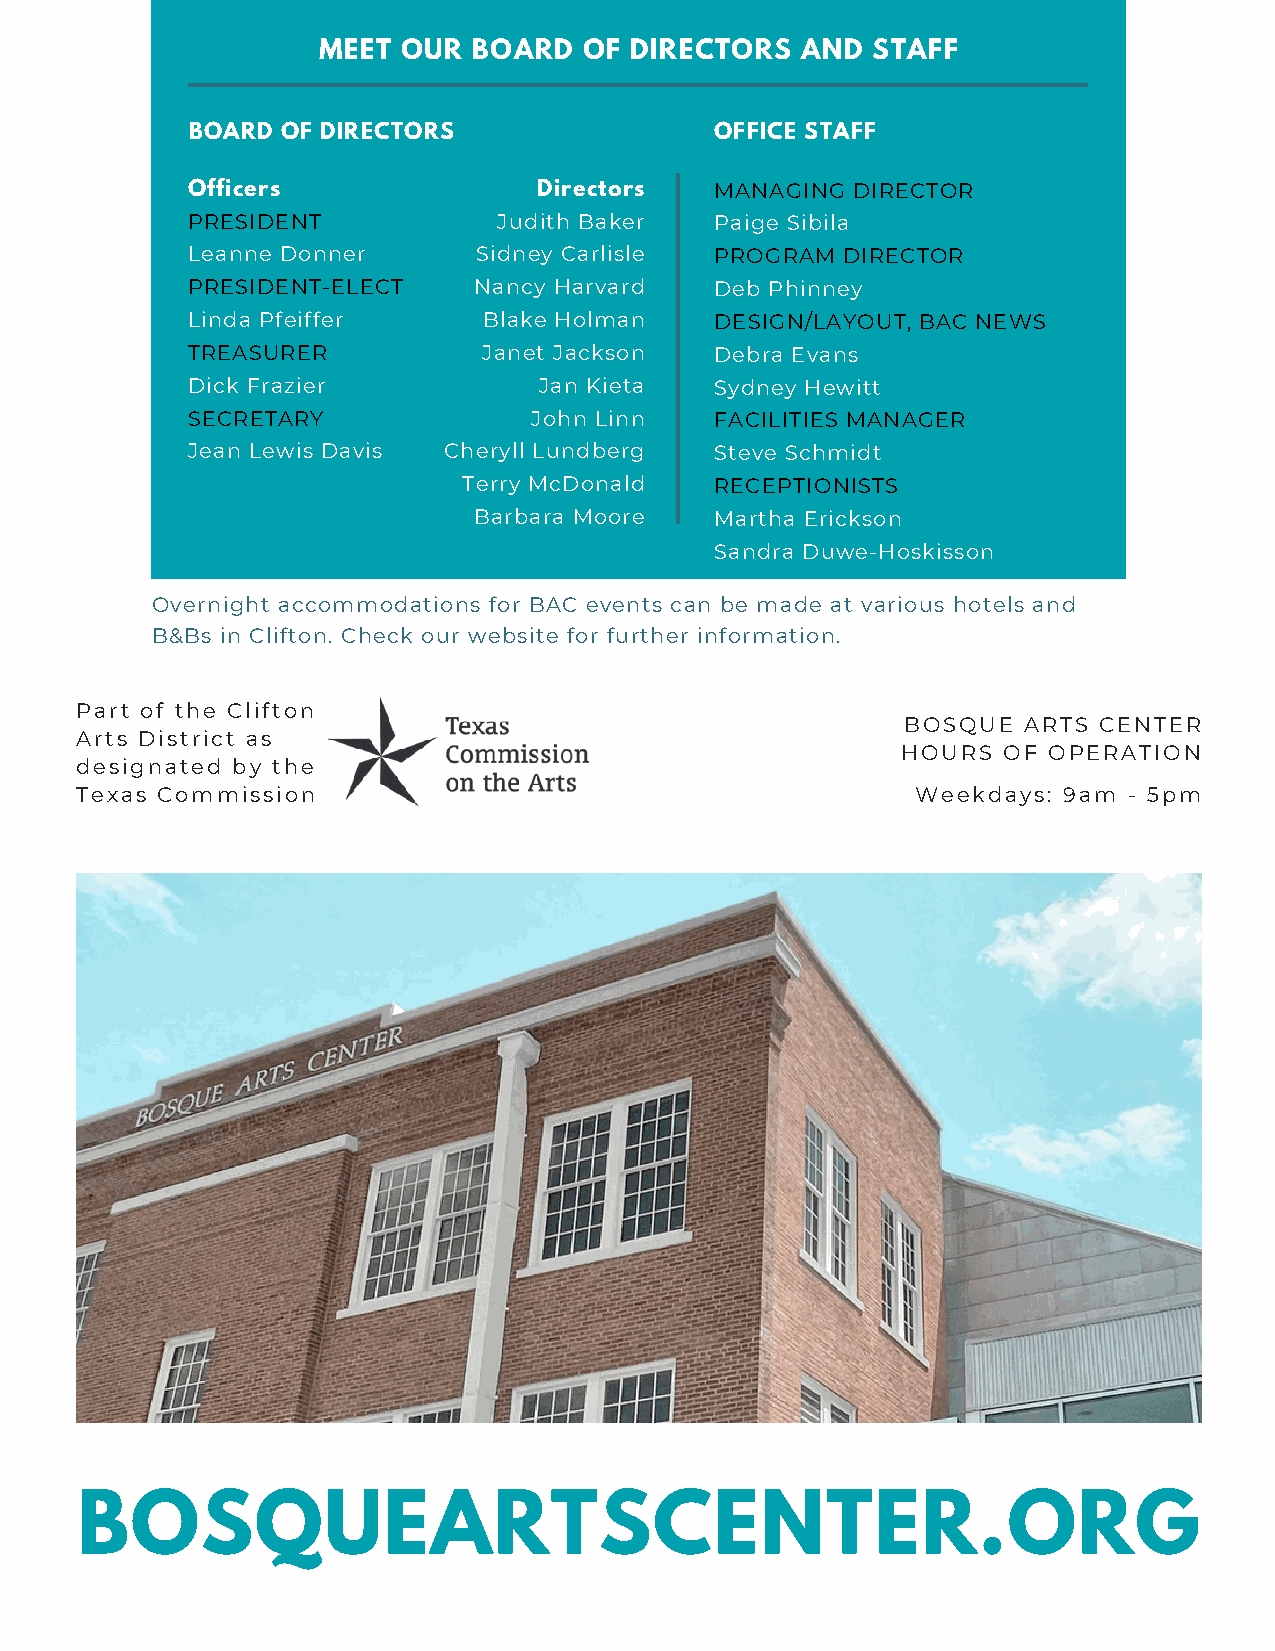
MEET  OUR BOARD   OF DIRECTORS  AND  STAFF
 BOARD  OF DIRECTORS                OFFICE STAFF
 Officers                Directors  MANAGING DIRECTOR
 PRESIDENT            Judith Baker  Paige Sibila
 Leanne Donner       Sidney Carlisle PROGRAM DIRECTOR
 PRESIDENT-ELECT    Nancy Harvard   Deb Phinney
 Linda Pfeiffer      Blake Holman   DESIGN/LAYOUT, BAC NEWS
 TREASURER           Janet Jackson  Debra Evans
 Dick Frazier            Jan Kieta  Sydney Hewitt
 SECRETARY              John Linn   FACILITIES MANAGER
 Jean Lewis Davis Cheryll Lundberg  Steve Schmidt
 Terry McDonald  RECEPTIONISTS
 Barbara Moore   Martha Erickson
 Sandra Duwe-Hoskisson
 Overnight accommodations for BAC events can be made at various hotels and
 B&Bs in Clifton. Check our website for further information.
 Part of the Clifton
 BOSQUE  ARTS CENTER
 Arts District as
 HOURS OF OPERATION
 designated by the
 Texas Commission                                        Weekdays: 9am - 5pm
 Bosque Arts Center                                  Non-Profit Org.
 PO Box 373                                           U.S. Postage
 PAID
 215 S. College Hill
 Permit No. 21
 Clifton, TX 76634
 Clifton, Texas
 (254) 675-3724
 Address Service Requested
 DATED  MATERIAL
 BOSQUEARTSCENTER.ORG